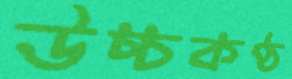
উচ্চকণ্ঠ